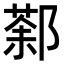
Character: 𨝒